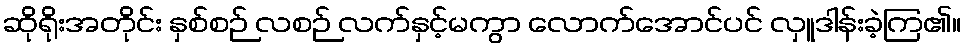
ဆိုရိုးအတိုင်း နှစ်စဉ် လစဉ် လက်နှင့်မကွာ လောက်အောင်ပင် လှူဒါန်းခဲ့ကြ၏။